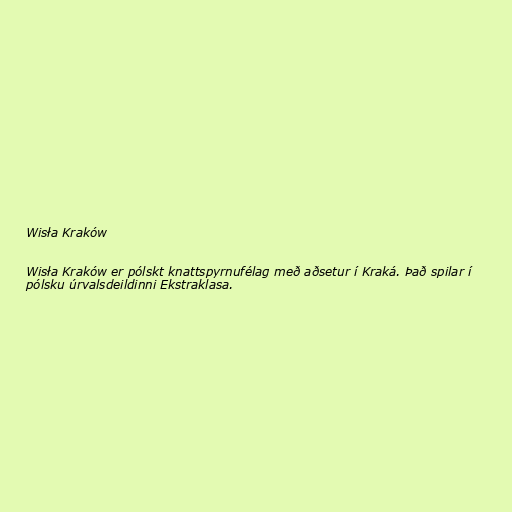
Wisła Kraków

Wisła Kraków er pólskt knattspyrnufélag með aðsetur í Kraká. Það spilar í
pólsku úrvalsdeildinni Ekstraklasa.